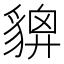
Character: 𧳴